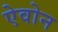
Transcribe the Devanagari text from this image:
ऐवोन